Report on sanitation, dispensaries, and jails in Rajputana for 1915, and on vaccination for the year 1915-1916 - 1915-1916
Year: 1915
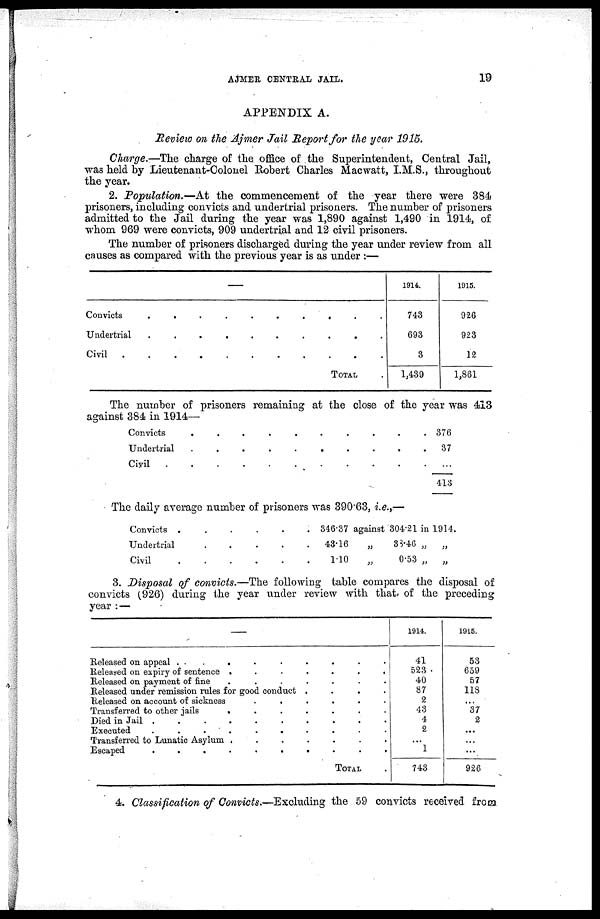
AJMER CENTRAL JAIL.
19
APPENDIX A.
Review on the Ajmer Jail Report for the year 1915.
Charge.—The charge of the office of the Superintendent, Central Jail,
was held by Lieutenant-Colonel Robert Charles Macwatt, I. M.S., throughout
the year.
2. Population.—At the commencement of the year there were 384
prisoners, including convicts and undertrial prisoners. The number of prisoners
admitted to the Jail during the year was 1,890 against 1,490 in 1914, of
whom 969 were convicts, 909 undertrial and 12 civil prisoners.
The number of prisoners discharged during the year under review from all
causes as compared with the previous year is as under :—
—
Convicts
.
.
.
.
.
.
.
.
.
.
Undertrial . . . . . . . . . .
Civil
.
.
.
.
.
.
.
.
.
.
TOTAL.
1914.
743
693
3
1,439
1915.
926
923
12
1,861
The number of prisoners remaining at the close of the year was 413
against 384 in 1914—
Convicts. . . . . . . . . .
Undertrial. . . . . . . . . .
Civil. . . . . . . . . .
376
37
...
413
The daily average number of prisoners was 390.63, i.e.,—
Convicts .
.
.
.
.
.
Undertrial
.
.
.
.
.
Civil
.
.
.
.
.
.
346.37
43.16
1.10
against
„
„
304.21
33.46
0.53
in
„
„
1914.
„
„
3. Disposal of convicts.—The following table compares the disposal of
convicts (926) during the year under review with that, of the preceding
year : —
—
Released on appeal .
.
.
.
.
.
.
.
.
Released on expiry of sentence .
.
.
.
.
.
.
Released on payment of fine .
.
.
.
.
.
.
Released under remission rules for good conduct .
.
.
.
Released on account of sickness
.
.
.
.
.
.
Transferred to other jails
.
.
.
.
.
.
.
Died in Jail .
.
.
.
.
.
.
.
.
.
Executed
.
.
.
.
.
.
.
.
.
.
Transferred to Lunatic Asylum .
.
.
.
.
.
.
Escaped
.
.
.
.
.
.
.
.
.
.
TOTAL .
1914.
41
523
40
87
2
43
4
2
...
1
743
1915.
53
659
57
118
...
37
2
...
...
...
926
4. Classification of Convicts.—Excluding the 59 convicts received from